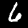
Digit: 6